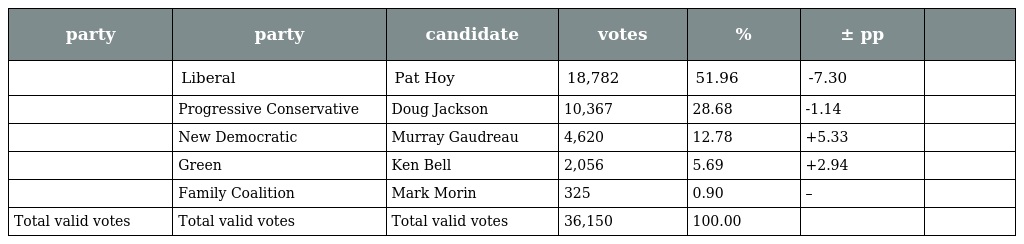
| party | party | candidate | votes | % | ± pp |  |
 | --- | --- | --- | --- | --- | --- | --- |
 |  | Liberal | Pat Hoy | 18,782 | 51.96 | -7.30 |  |
 |  | Progressive Conservative | Doug Jackson | 10,367 | 28.68 | -1.14 |  |
 |  | New Democratic | Murray Gaudreau | 4,620 | 12.78 | +5.33 |  |
 |  | Green | Ken Bell | 2,056 | 5.69 | +2.94 |  |
 |  | Family Coalition | Mark Morin | 325 | 0.90 | – |  |
 | Total valid votes | Total valid votes | Total valid votes | 36,150 | 100.00 |  |  |